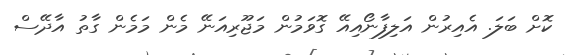
ކޮށް ބަލަ. އެއިރުން އަލިފާނޯއިއޭ ގޮވަމުން މަޖޫރިއަނޭ މެން މަމެން ގާތު އާދޭސް